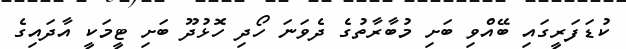
ކުޑަފަރީގައި ބޭއްވި ބަށި މުބާރާތުގެ ދެވަނަ ހޯދި ހޮޅުދޫ ބަށި ޓީމަކީ އާދައިގެ